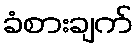
ခံစားချက်